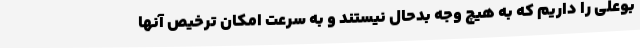
بوعلی را داریم که به هیچ وجه بدحال نیستند و به سرعت امکان ترخیص آنها